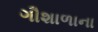
ગૌશાળાના